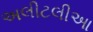
અલીટલીઆ